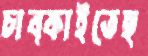
চাব্‌কাইতেছ